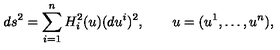
d s ^ { 2 } = \sum _ { i = 1 } ^ { n } H _ { i } ^ { 2 } ( u ) ( d u ^ { i } ) ^ { 2 } , \qquad u = ( u ^ { 1 } , \ldots , u ^ { n } ) ,